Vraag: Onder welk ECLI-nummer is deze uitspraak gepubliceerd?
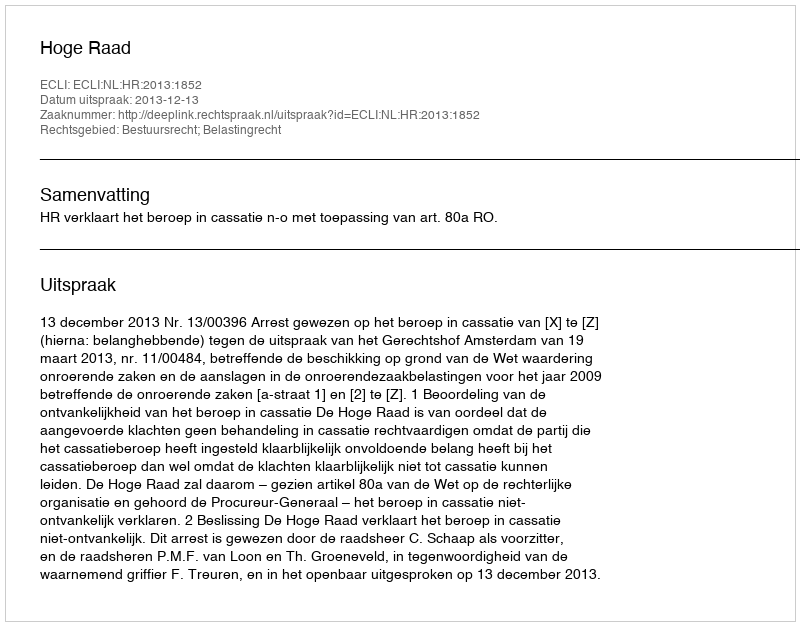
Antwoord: ECLI:NL:HR:2013:1852